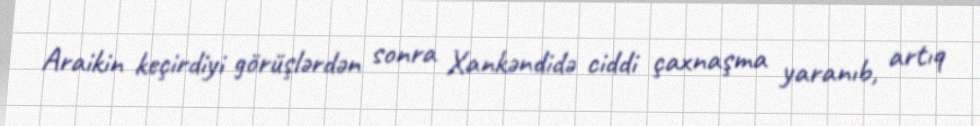
Araikin keçirdiyi görüşlərdən sonra Xankəndidə ciddi çaxnaşma yaranıb, artıq